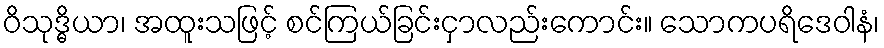
ဝိသုဒ္ဓိယာ၊ အထူးသဖြင့် စင်ကြယ်ခြင်းငှာလည်းကောင်း။ သောကပရိဒေဝါနံ၊